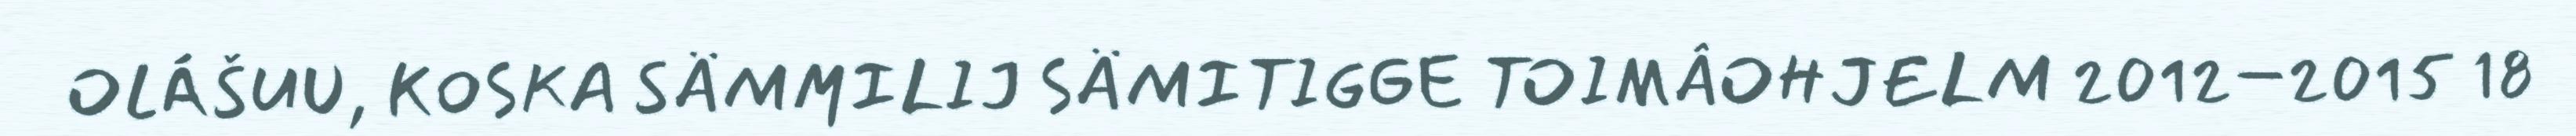
OLÁŠUU, KOSKA SÄMMILIJ SÄMITIGGE TOIMÂOHJELM 2012–2015 18